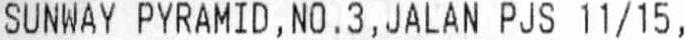
SUNWAY PYRAMID , NO . 3 , JALAN PJS 11/15 ,